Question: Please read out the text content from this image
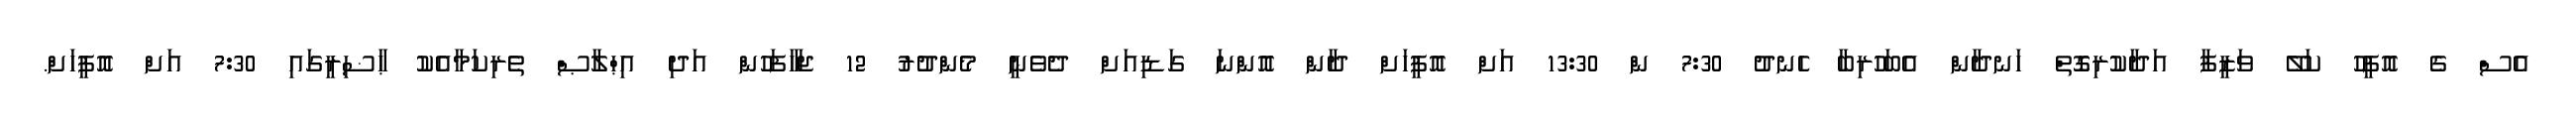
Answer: އެސް ގެ އޮފީހު ކަލޭ ވަޒީފާ އަދާކުރިގޮތް ހަނދާން އެބަހުރިބާ ހެނދު 7:30 ން 13:30 އަށް އޮފީހަށް ދާން އޮންނަ ގަޑިއަށް ދެވެނީ މެންދުރު 12 ޖަހާފަހުން އަދި އިޙްލާޞް ތެރިކަމާއެކު ޙާޟިރީގައި 7:30 އަށް އޮފީހަށް.